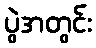
ပွဲအတွင်း